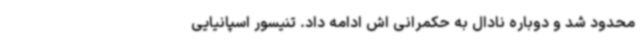
محدود شد و دوباره نادال به حکمرانی اش ادامه داد. تنیسور اسپانیایی